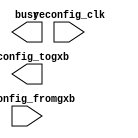
// megafunction wizard: %ALTGX_RECONFIG%VBB%
// GENERATION: STANDARD
// VERSION: WM1.0
// MODULE: alt2gxb_reconfig 

// ============================================================
// Megafunction Name(s):
// 			alt2gxb_reconfig
//
// Simulation Library Files(s):
// 			altera_mf;lpm
// ============================================================
// ************************************************************
// THIS IS A WIZARD-GENERATED FILE. DO NOT EDIT THIS FILE!
//
// 14.1.0 Build 186 12/03/2014 SJ Full Version
// ************************************************************

//Copyright (C) 1991-2014 Altera Corporation. All rights reserved.
//Your use of Altera Corporation's design tools, logic functions 
//and other software and tools, and its AMPP partner logic 
//functions, and any output files from any of the foregoing 
//(including device programming or simulation files), and any 
//associated documentation or information are expressly subject 
//to the terms and conditions of the Altera Program License 
//Subscription Agreement, the Altera Quartus II License Agreement,
//the Altera MegaCore Function License Agreement, or other 
//applicable license agreement, including, without limitation, 
//that your use is for the sole purpose of programming logic 
//devices manufactured by Altera and sold by Altera or its 
//authorized distributors.  Please refer to the applicable 
//agreement for further details.

module ALTGXPCIeGen1x8 (
	reconfig_clk,
	reconfig_fromgxb,
	busy,
	reconfig_togxb)/* synthesis synthesis_clearbox = 1 */;

	input	  reconfig_clk;
	input	[33:0]  reconfig_fromgxb;
	output	  busy;
	output	[3:0]  reconfig_togxb;

endmodule

// ============================================================
// CNX file retrieval info
// ============================================================
// Retrieval info: PRIVATE: ADCE NUMERIC "0"
// Retrieval info: PRIVATE: CMU_PLL NUMERIC "0"
// Retrieval info: PRIVATE: DATA_RATE NUMERIC "0"
// Retrieval info: PRIVATE: INTENDED_DEVICE_FAMILY STRING "Stratix IV"
// Retrieval info: PRIVATE: PMA NUMERIC "1"
// Retrieval info: PRIVATE: PROTO_SWITCH NUMERIC "0"
// Retrieval info: PRIVATE: SYNTH_WRAPPER_GEN_POSTFIX STRING "0"
// Retrieval info: CONSTANT: BASE_PORT_WIDTH NUMERIC "1"
// Retrieval info: CONSTANT: CBX_BLACKBOX_LIST STRING "-lpm_mux"
// Retrieval info: CONSTANT: ENABLE_CHL_ADDR_FOR_ANALOG_CTRL STRING "FALSE"
// Retrieval info: CONSTANT: INTENDED_DEVICE_FAMILY STRING "Stratix IV"
// Retrieval info: CONSTANT: NUMBER_OF_CHANNELS NUMERIC "8"
// Retrieval info: CONSTANT: NUMBER_OF_RECONFIG_PORTS NUMERIC "2"
// Retrieval info: CONSTANT: READ_BASE_PORT_WIDTH NUMERIC "8"
// Retrieval info: CONSTANT: enable_buf_cal STRING "true"
// Retrieval info: CONSTANT: reconfig_fromgxb_width NUMERIC "34"
// Retrieval info: CONSTANT: reconfig_togxb_width NUMERIC "4"
// Retrieval info: USED_PORT: busy 0 0 0 0 OUTPUT NODEFVAL "busy"
// Retrieval info: USED_PORT: reconfig_clk 0 0 0 0 INPUT NODEFVAL "reconfig_clk"
// Retrieval info: USED_PORT: reconfig_fromgxb 0 0 34 0 INPUT NODEFVAL "reconfig_fromgxb[33..0]"
// Retrieval info: USED_PORT: reconfig_togxb 0 0 4 0 OUTPUT NODEFVAL "reconfig_togxb[3..0]"
// Retrieval info: CONNECT: @reconfig_clk 0 0 0 0 reconfig_clk 0 0 0 0
// Retrieval info: CONNECT: @reconfig_fromgxb 0 0 34 0 reconfig_fromgxb 0 0 34 0
// Retrieval info: CONNECT: @reconfig_mode_sel 0 0 3 0 GND 0 0 3 0
// Retrieval info: CONNECT: busy 0 0 0 0 @busy 0 0 0 0
// Retrieval info: CONNECT: reconfig_togxb 0 0 4 0 @reconfig_togxb 0 0 4 0
// Retrieval info: GEN_FILE: TYPE_NORMAL ALTGXPCIeGen1x8.v TRUE
// Retrieval info: GEN_FILE: TYPE_NORMAL ALTGXPCIeGen1x8.inc FALSE
// Retrieval info: GEN_FILE: TYPE_NORMAL ALTGXPCIeGen1x8.cmp FALSE
// Retrieval info: GEN_FILE: TYPE_NORMAL ALTGXPCIeGen1x8.bsf FALSE
// Retrieval info: GEN_FILE: TYPE_NORMAL ALTGXPCIeGen1x8_inst.v FALSE
// Retrieval info: GEN_FILE: TYPE_NORMAL ALTGXPCIeGen1x8_bb.v TRUE
// Retrieval info: LIB_FILE: altera_mf
// Retrieval info: LIB_FILE: lpm